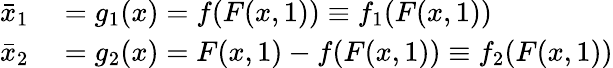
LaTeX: \begin{array}{rl}{\bar{x}_{1}}&{{}=g_{1}(x)=f(F(x,1))\equiv f_{1}(F(x,1))}\\ {\bar{x}_{2}}&{{}=g_{2}(x)=F(x,1)-f(F(x,1))\equiv f_{2}(F(x,1))}\end{array}